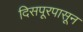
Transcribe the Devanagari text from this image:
दिसपूरपासून